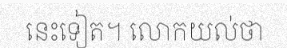
នេះទៀត។ លោកយល់ថា